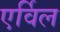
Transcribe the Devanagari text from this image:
एर्विल